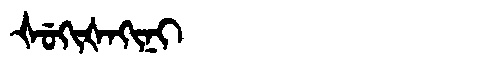
Manchu: ᡧᡠᡴᡳᡧᠠᡴᡳᠨᡳ
Romanization: ŠUKIŠAKINI